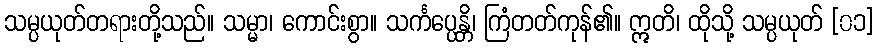
သမ္ပယုတ်တရားတို့သည်။ သမ္မာ၊ ကောင်းစွာ။ သင်္ကပ္ပေန္တိ၊ ကြံတတ်ကုန်၏။ ဣတိ၊ ထိုသို့ သမ္ပယုတ် [၀၁]